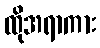
ထိုအရာကား